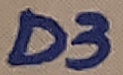
Text: D3